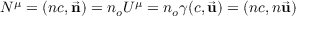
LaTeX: N ^ { \mu } = ( n c , { \vec { \mathbf { n } } } ) = n _ { o } U ^ { \mu } = n _ { o } \gamma ( c , { \vec { \mathbf { u } } } ) = ( n c , n { \vec { \mathbf { u } } } )